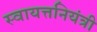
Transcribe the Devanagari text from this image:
स्वायत्तनियंत्री